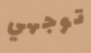
توجهي